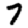
Digit: 7